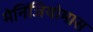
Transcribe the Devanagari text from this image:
मेनिंजियोमास